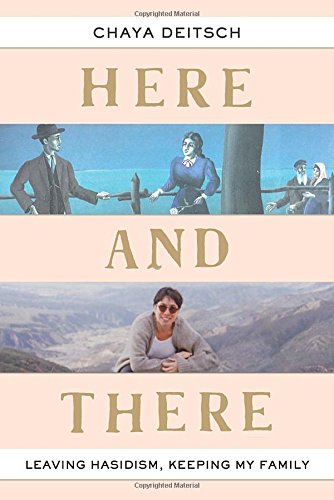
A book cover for Here and There: Leaving Hasidism, Keeping My Family; Chaya Deitsch; Biographies & Memoirs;